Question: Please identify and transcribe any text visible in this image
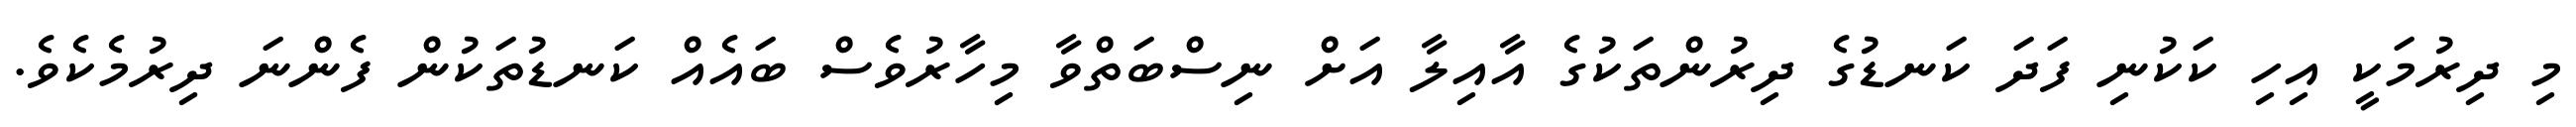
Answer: މި ދިރުމަކީ އިހި ކަކުނި ފަދަ ކަނޑުގެ ދިރުންތަކުގެ އާއިލާ އަށް ނިސްބަތްވާ މިހާރުވެސް ބައެއް ކަނޑުތަކުން ފެންނަ ދިރުމެކެވެ.